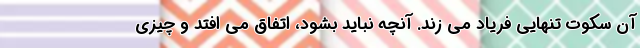
آن سکوتِ تنهایی فریاد می زند. آنچه نباید بشود، اتفاق می افتد و چیزی